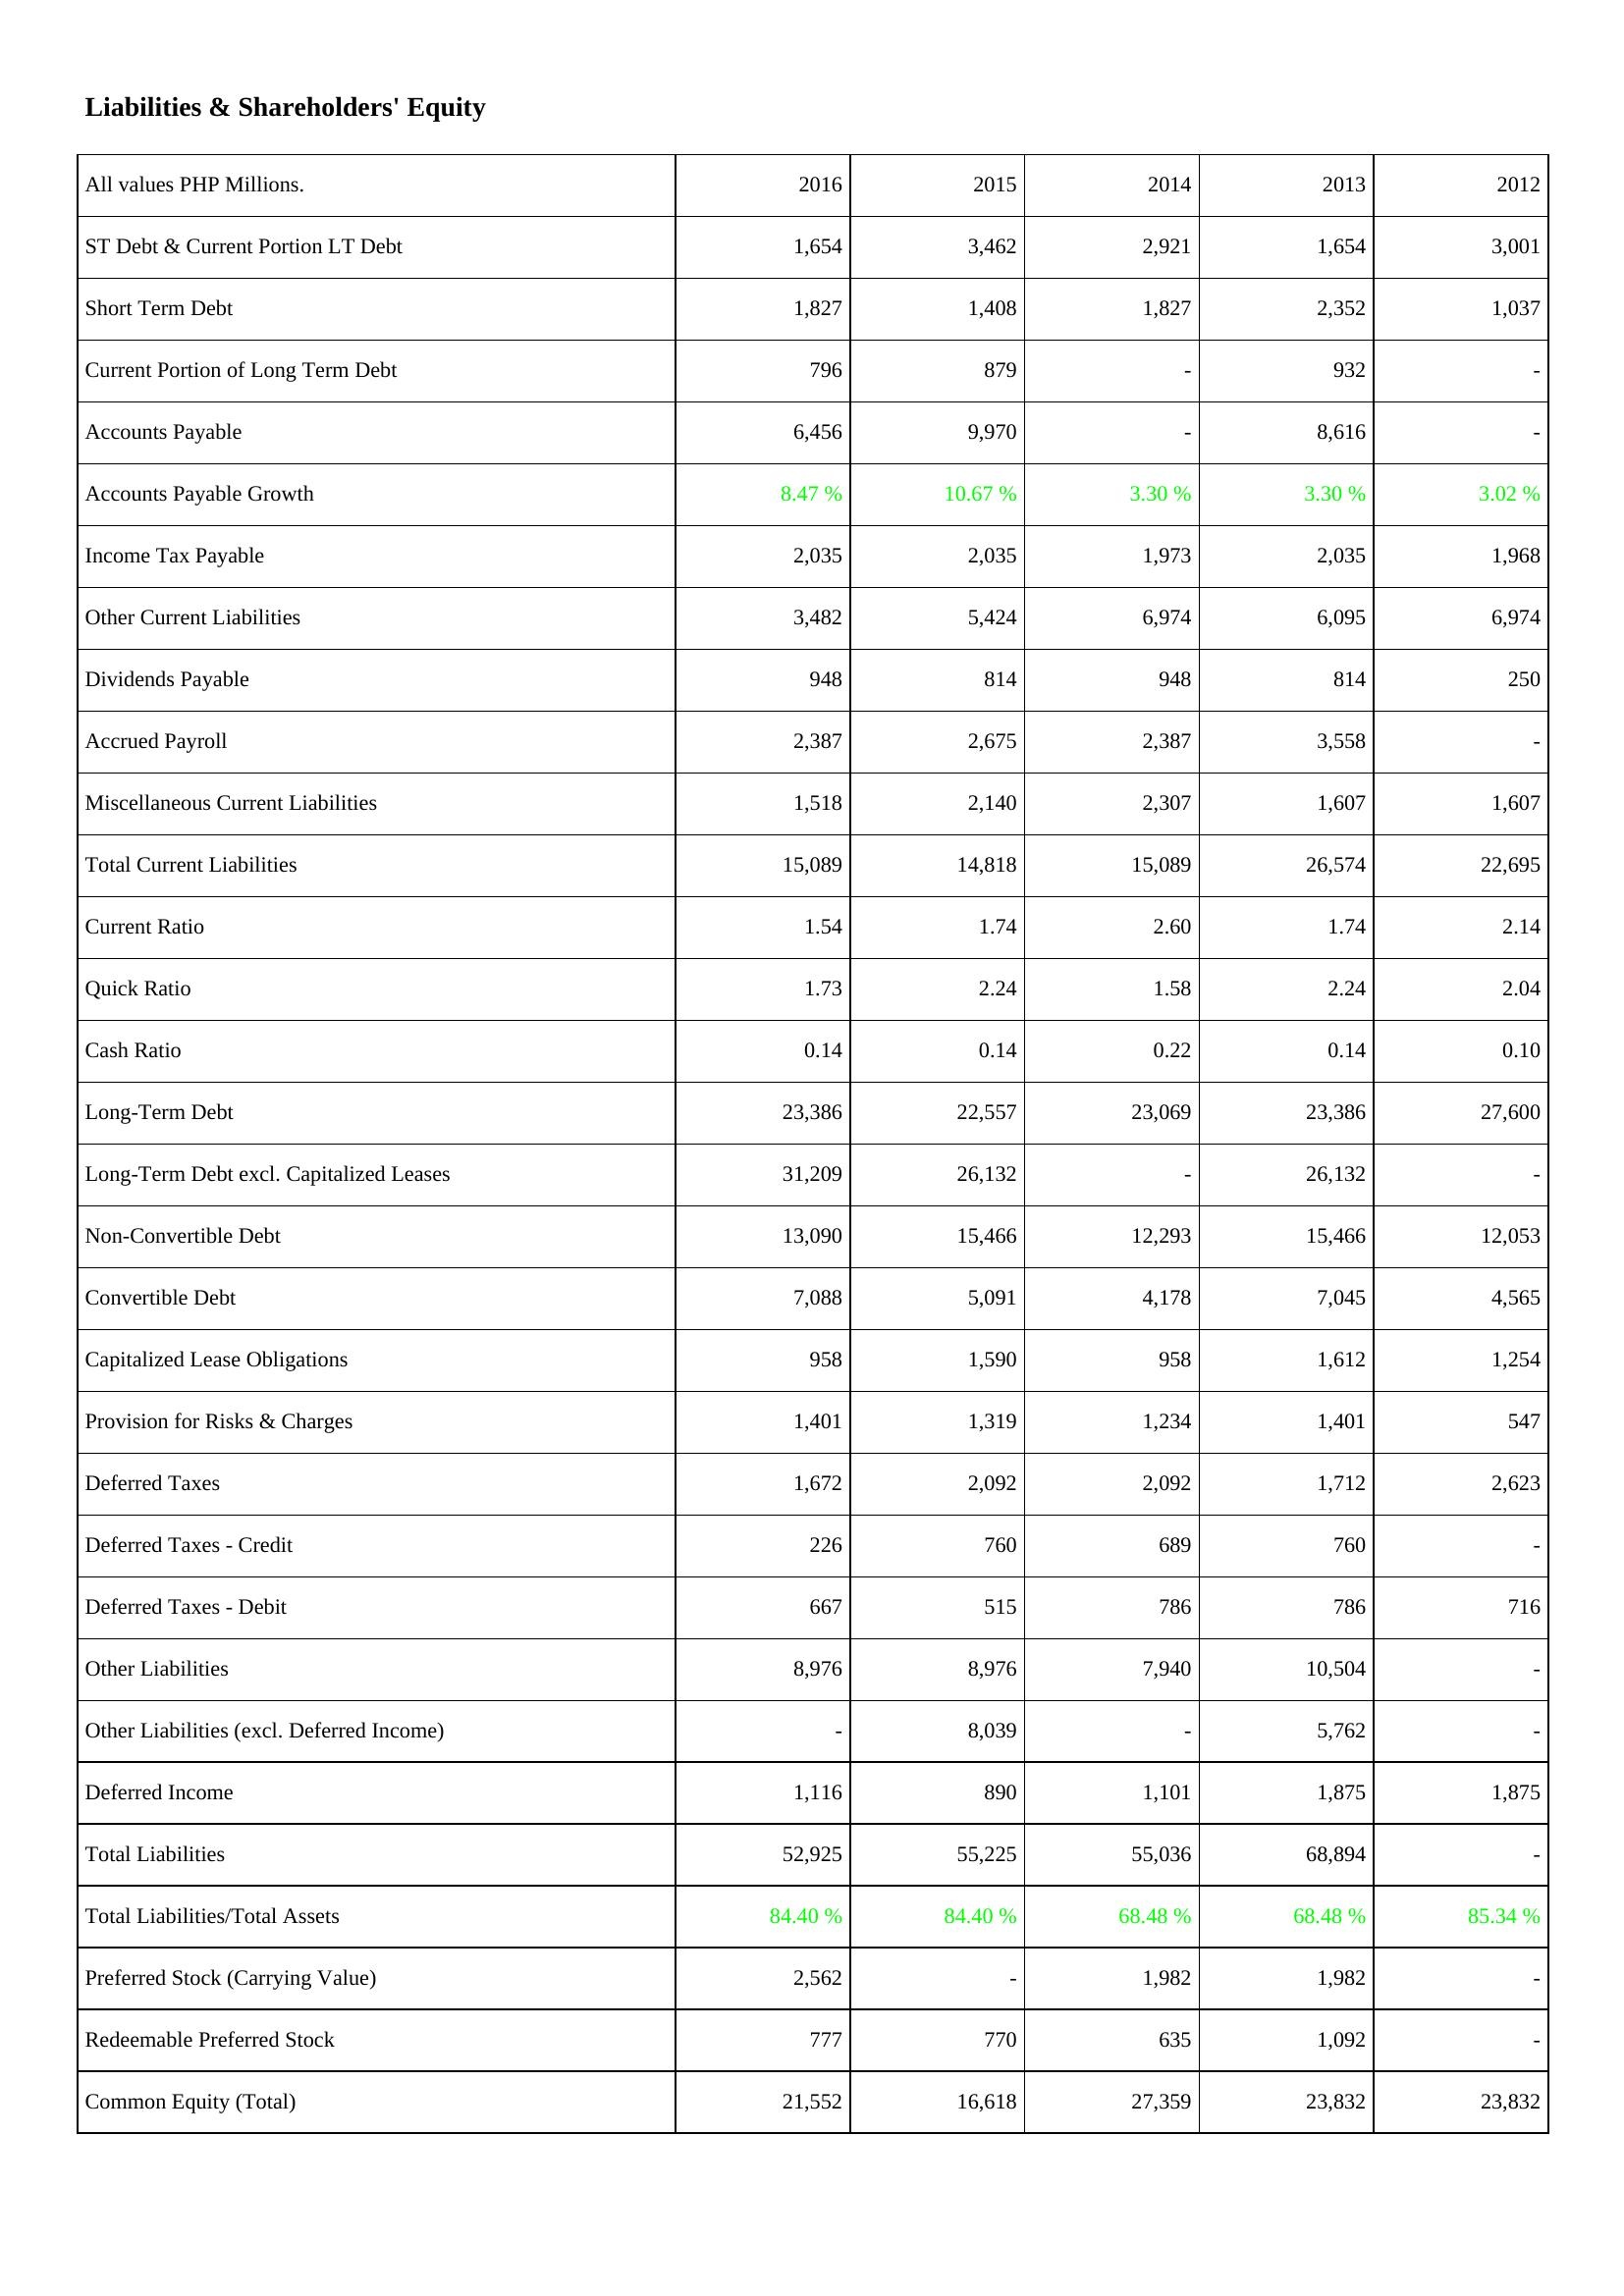
2016: Liabilities & Shareholders' Equity: ST Debt & Current Portion LT Debt: 1,654
Short Term Debt: 1,827
Current Portion of Long Term Debt: 796
Accounts Payable: 6,456
Accounts Payable Growth: 8.47 %
Income Tax Payable: 2,035
Other Current Liabilities: 3,482
Dividends Payable: 948
Accrued Payroll: 2,387
Miscellaneous Current Liabilities: 1,518
Total Current Liabilities: 15,089
Current Ratio: 1.54
Quick Ratio: 1.73
Cash Ratio: 0.14
Long-Term Debt: 23,386
Long-Term Debt excl. Capitalized Leases: 31,209
Non-Convertible Debt: 13,090
Convertible Debt: 7,088
Capitalized Lease Obligations: 958
Provision for Risks & Charges: 1,401
Deferred Taxes: 1,672
Deferred Taxes - Credit: 226
Deferred Taxes - Debit: 667
Other Liabilities: 8,976
Other Liabilities (excl. Deferred Income): -
Deferred Income: 1,116
Total Liabilities: 52,925
Total Liabilities/Total Assets: 84.40 %
Preferred Stock (Carrying Value): 2,562
Redeemable Preferred Stock: 777
Common Equity (Total): 21,552
2015: Liabilities & Shareholders' Equity: ST Debt & Current Portion LT Debt: 3,462
Short Term Debt: 1,408
Current Portion of Long Term Debt: 879
Accounts Payable: 9,970
Accounts Payable Growth: 10.67 %
Income Tax Payable: 2,035
Other Current Liabilities: 5,424
Dividends Payable: 814
Accrued Payroll: 2,675
Miscellaneous Current Liabilities: 2,140
Total Current Liabilities: 14,818
Current Ratio: 1.74
Quick Ratio: 2.24
Cash Ratio: 0.14
Long-Term Debt: 22,557
Long-Term Debt excl. Capitalized Leases: 26,132
Non-Convertible Debt: 15,466
Convertible Debt: 5,091
Capitalized Lease Obligations: 1,590
Provision for Risks & Charges: 1,319
Deferred Taxes: 2,092
Deferred Taxes - Credit: 760
Deferred Taxes - Debit: 515
Other Liabilities: 8,976
Other Liabilities (excl. Deferred Income): 8,039
Deferred Income: 890
Total Liabilities: 55,225
Total Liabilities/Total Assets: 84.40 %
Preferred Stock (Carrying Value): -
Redeemable Preferred Stock: 770
Common Equity (Total): 16,618
2014: Liabilities & Shareholders' Equity: ST Debt & Current Portion LT Debt: 2,921
Short Term Debt: 1,827
Current Portion of Long Term Debt: -
Accounts Payable: -
Accounts Payable Growth: 3.30 %
Income Tax Payable: 1,973
Other Current Liabilities: 6,974
Dividends Payable: 948
Accrued Payroll: 2,387
Miscellaneous Current Liabilities: 2,307
Total Current Liabilities: 15,089
Current Ratio: 2.60
Quick Ratio: 1.58
Cash Ratio: 0.22
Long-Term Debt: 23,069
Long-Term Debt excl. Capitalized Leases: -
Non-Convertible Debt: 12,293
Convertible Debt: 4,178
Capitalized Lease Obligations: 958
Provision for Risks & Charges: 1,234
Deferred Taxes: 2,092
Deferred Taxes - Credit: 689
Deferred Taxes - Debit: 786
Other Liabilities: 7,940
Other Liabilities (excl. Deferred Income): -
Deferred Income: 1,101
Total Liabilities: 55,036
Total Liabilities/Total Assets: 68.48 %
Preferred Stock (Carrying Value): 1,982
Redeemable Preferred Stock: 635
Common Equity (Total): 27,359
2013: Liabilities & Shareholders' Equity: ST Debt & Current Portion LT Debt: 1,654
Short Term Debt: 2,352
Current Portion of Long Term Debt: 932
Accounts Payable: 8,616
Accounts Payable Growth: 3.30 %
Income Tax Payable: 2,035
Other Current Liabilities: 6,095
Dividends Payable: 814
Accrued Payroll: 3,558
Miscellaneous Current Liabilities: 1,607
Total Current Liabilities: 26,574
Current Ratio: 1.74
Quick Ratio: 2.24
Cash Ratio: 0.14
Long-Term Debt: 23,386
Long-Term Debt excl. Capitalized Leases: 26,132
Non-Convertible Debt: 15,466
Convertible Debt: 7,045
Capitalized Lease Obligations: 1,612
Provision for Risks & Charges: 1,401
Deferred Taxes: 1,712
Deferred Taxes - Credit: 760
Deferred Taxes - Debit: 786
Other Liabilities: 10,504
Other Liabilities (excl. Deferred Income): 5,762
Deferred Income: 1,875
Total Liabilities: 68,894
Total Liabilities/Total Assets: 68.48 %
Preferred Stock (Carrying Value): 1,982
Redeemable Preferred Stock: 1,092
Common Equity (Total): 23,832
2012: Liabilities & Shareholders' Equity: ST Debt & Current Portion LT Debt: 3,001
Short Term Debt: 1,037
Current Portion of Long Term Debt: -
Accounts Payable: -
Accounts Payable Growth: 3.02 %
Income Tax Payable: 1,968
Other Current Liabilities: 6,974
Dividends Payable: 250
Accrued Payroll: -
Miscellaneous Current Liabilities: 1,607
Total Current Liabilities: 22,695
Current Ratio: 2.14
Quick Ratio: 2.04
Cash Ratio: 0.10
Long-Term Debt: 27,600
Long-Term Debt excl. Capitalized Leases: -
Non-Convertible Debt: 12,053
Convertible Debt: 4,565
Capitalized Lease Obligations: 1,254
Provision for Risks & Charges: 547
Deferred Taxes: 2,623
Deferred Taxes - Credit: -
Deferred Taxes - Debit: 716
Other Liabilities: -
Other Liabilities (excl. Deferred Income): -
Deferred Income: 1,875
Total Liabilities: -
Total Liabilities/Total Assets: 85.34 %
Preferred Stock (Carrying Value): -
Redeemable Preferred Stock: -
Common Equity (Total): 23,832